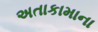
અતાકામાના